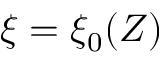
\xi = \xi _ { 0 } ( Z )